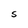
Character: S